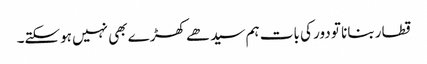
قطار بنانا تو دور کی بات ہم سیدھے کھڑے بھی نہیں ہوسکتے۔